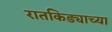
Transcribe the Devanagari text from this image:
रातकिड्याच्या